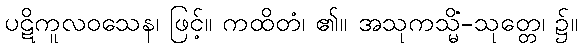
ပဋိကူလဝသေန၊ ဖြင့်။ ကထိတံ၊ ၏။ အသုကသ္မိံ-သုတ္တေ၊ ၌။